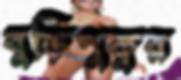
বুড়িপুকুর